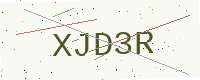
Text: XJD3R